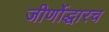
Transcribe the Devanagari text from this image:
जीर्णोद्धारच